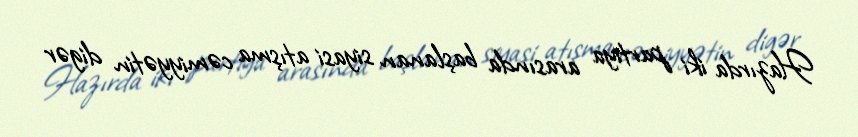
Hazırda iki partiya arasında başlanan siyasi atışma cəmiyyətin digər